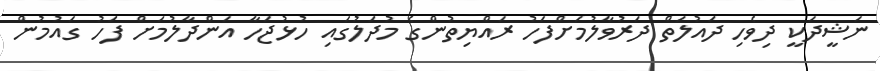
ނަޝީދަކީ ދިވެހި ދައުލަތް ދަރުވާލުމަށްފަހު ރައްޔިތުންގެ މުދަލުގައި ހުޅުޖަހާ އަންދާލުމަށް ފަހު ގައުމުން